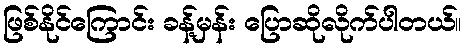
ဖြစ်နိုင်ကြောင်း ခန့်မှန်း ပြောဆိုလိုက်ပါတယ်။